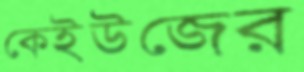
কেইউজের